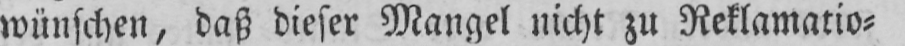
wünschen, daß dieser Mangel nicht zu Reklamatio⸗